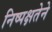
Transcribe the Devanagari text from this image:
निष्पक्षतेने